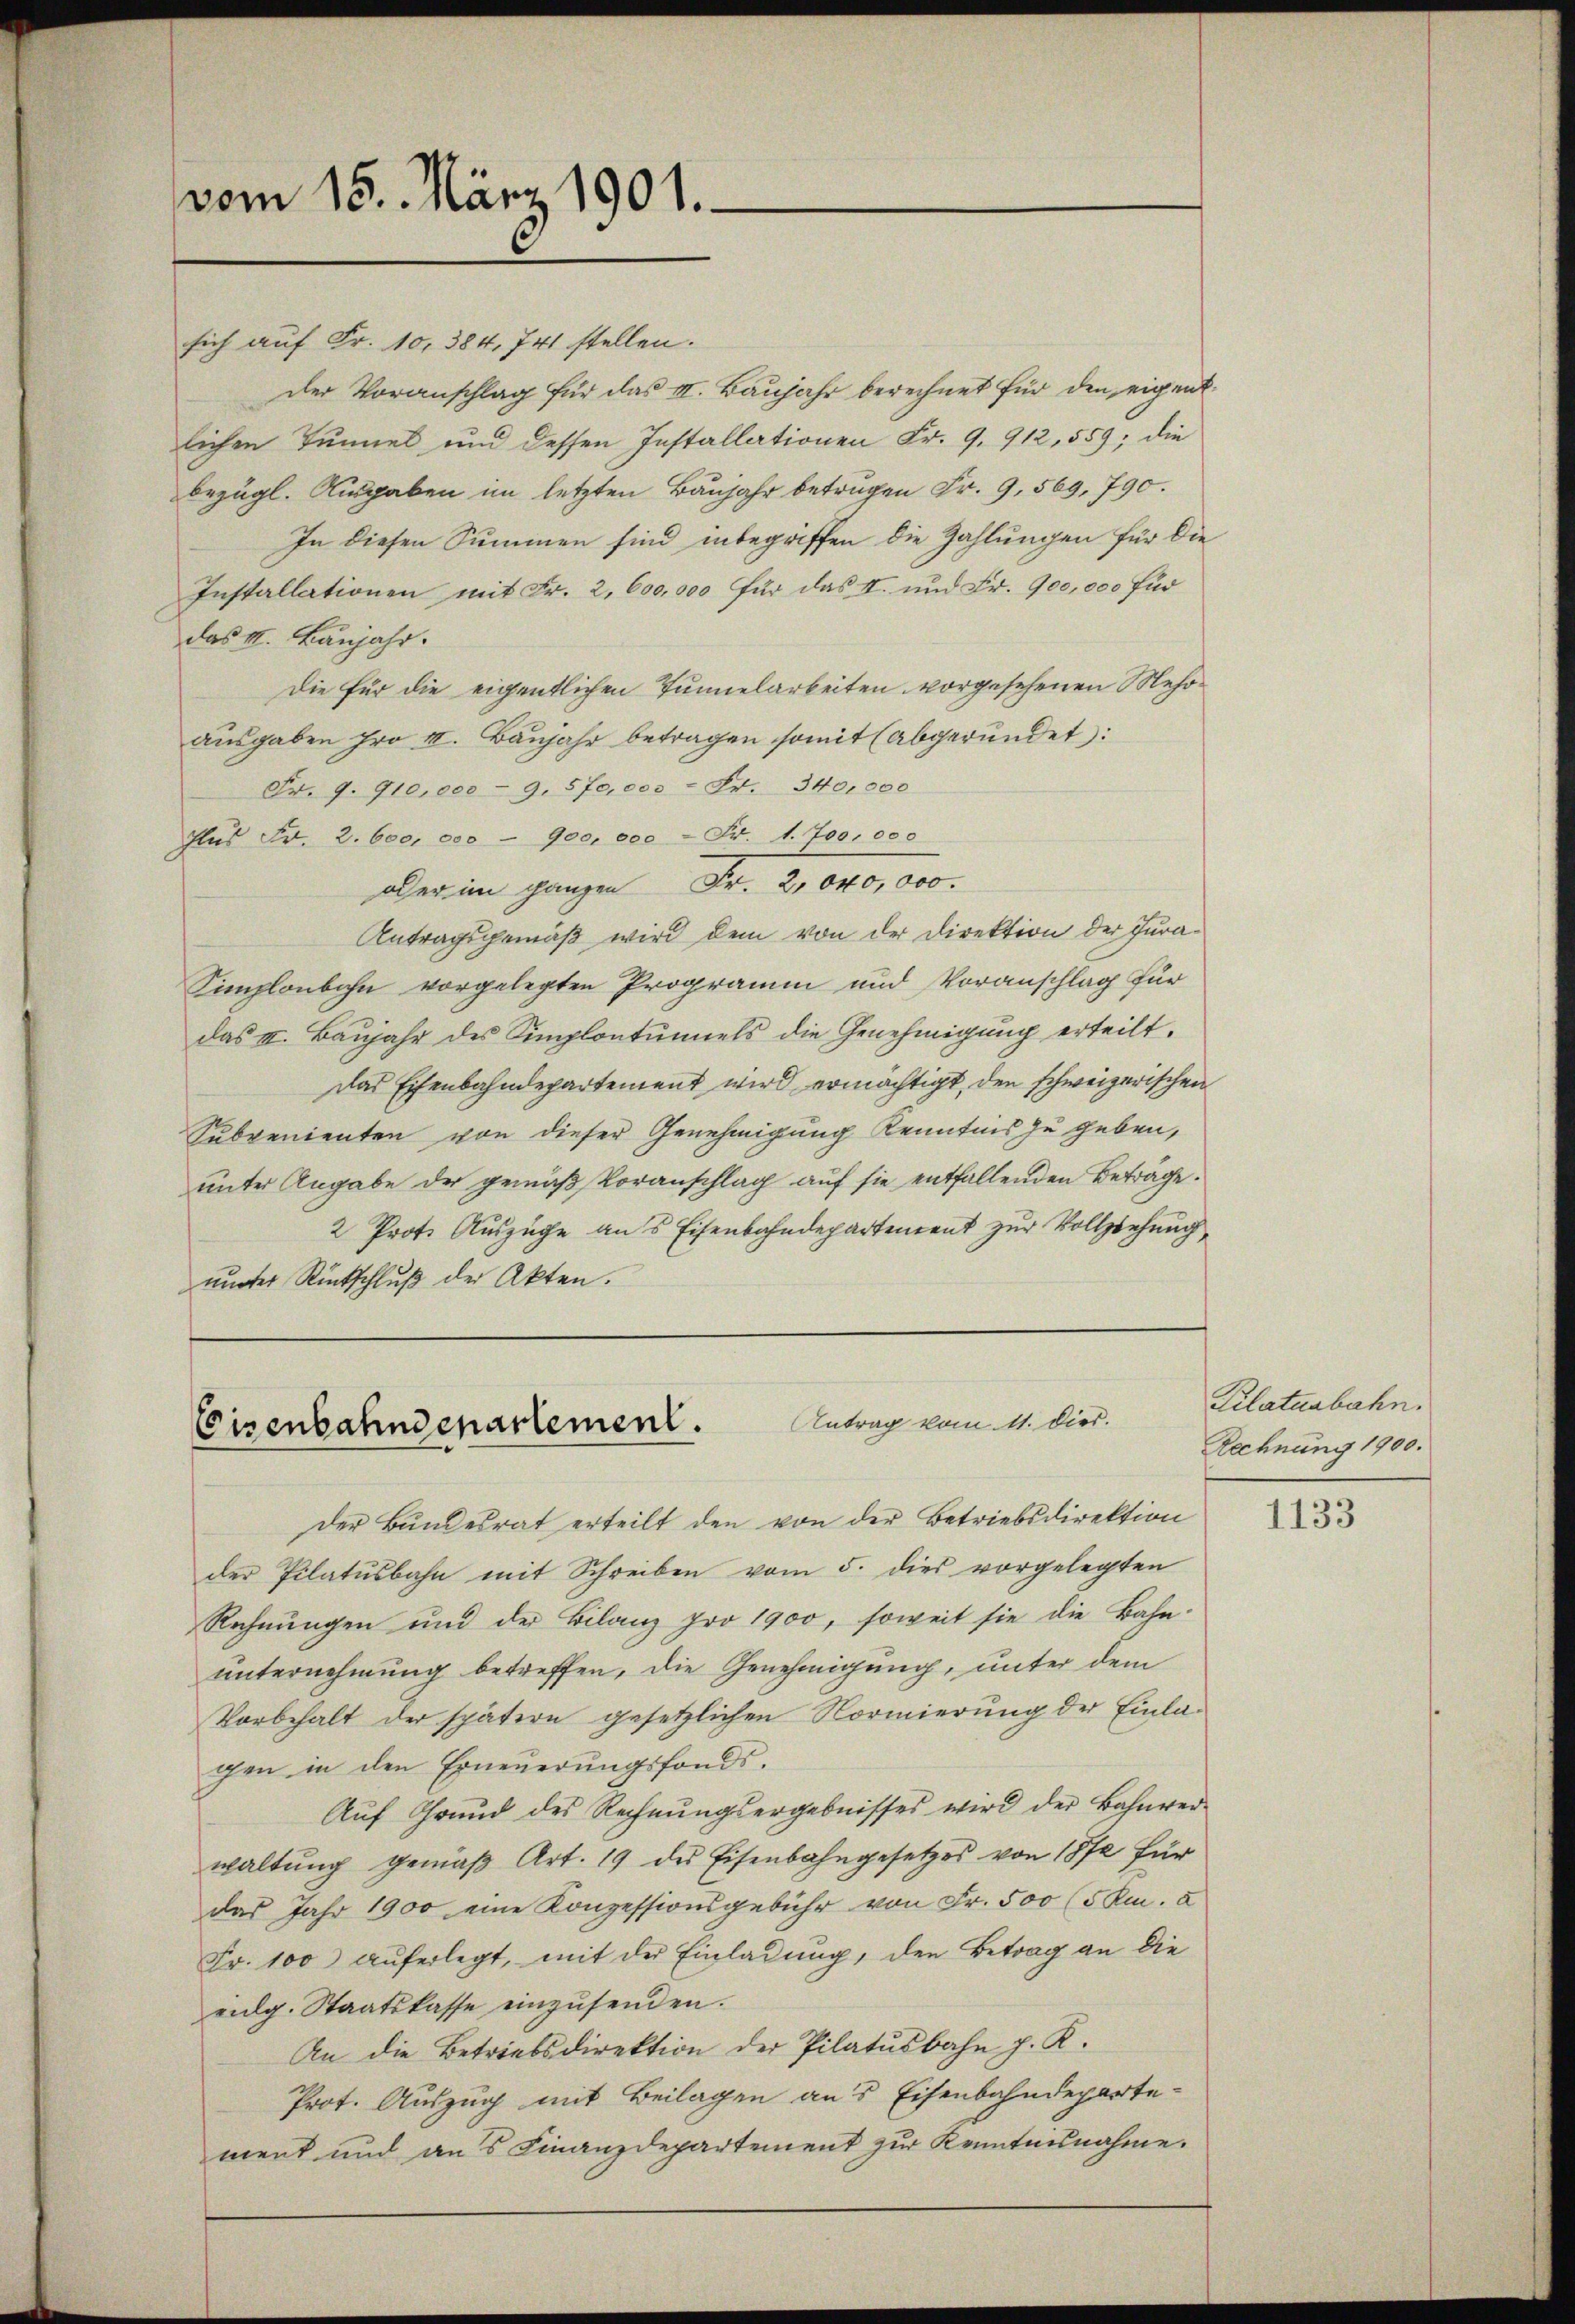
vom 15. März 1901.

sich auf Fr. 10, 384, 741 stellen.
der Voranschlag für das III. Baŭjahr berechnet für den eigent
lichen Tunnel und dessen Installationen Fr. 9. 912, 559; die
bezügl. Ausgaben im letzten Baujahr betrugen Fr. 9, 569, 790.
In diesen Summen sind inbegriffen die Zahlungen für die
Installationen mit Fr. 2, 600,000 für das II. und Fr. 900,000 Fud
das II. Banjahr.
Die für die eigentlichen Tunnelarbeiten vorgesehenen Mehrausgaben pro II. Baujahr betragen somit (abgerundet:
Fr. 9. 910,000 - 9. 570,000 Fr. 340,000
Fus Fr. 2. 600. 000 - 900, ece - Fr. 1. 700,000
aber im ganzen Fr. 2,000,000.
Antragsgemäß wird dem von der Direktion der Jura¬
Simplonbahn vorgelegten Programm und Voranschlag für
das II. Baujahr des Simplontunnels die Genehmigung erteilt.
Das Eisenbahndepartement wird ermächtigt, den schweizerischen
Subvenienten von dieser Genehmigung Kenntnis zu geben,
unter Angabe der gemäß Voranschlag auf sie entfallenden Beträge.
2 Prote Auszüge ans Eisenbahndepartement zur Vollziehung
uunter Rückschluß der Akten.

Antrag vom 11. dies.
Eisenbahndenartement.

Der Bundesrat erteilt den von der Betriebsdirektion
der Pilatusbahn mit Schreiben vom 5. dies vorgelegten
Rechnungen und der Bilanz pro 1900, soweit sie die Bahn-
unternehmung betreffen, die Genehmigung, unter dem
Vorbehalt der spätern gesetzlichen Normierung der Einlagen in den Erneŭerŭngsfonds.
Aŭf Grŭnd des Rechnŭngsergebnisses wird der Bahnver-
waltŭng gemäβ Art. 19 des Eisenbahngesetzes von 1872 für
das Jahr 1900 eine Konzessionsgebühr von Fr. 500 (5 km a
Fr. 100 auferlegt, mit der Einladung, den Betrag an die
eidg. Staatskasse einzŭsenden.
An die Betriebsdirektion der Pilatusbahn p. R.
Prot. Auszug mit Beilagen aus Eisenbahndeparte-
ment und aus Finanzdepartement zur Kenntnisnahme.

Kilatusbahn.
Rechnung 1900.

1133